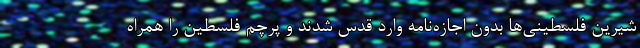
شیرین فلسطینی‌ها بدون اجازه‌نامه وارد قدس شدند و پرچم فلسطین را همراه